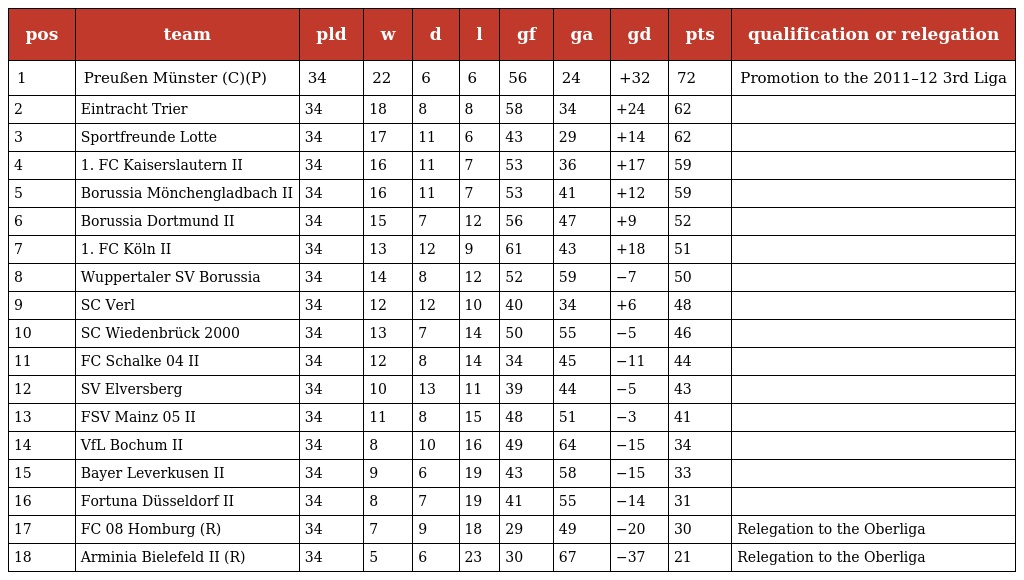
| pos | team | pld | w | d | l | gf | ga | gd | pts | qualification or relegation |
 | --- | --- | --- | --- | --- | --- | --- | --- | --- | --- | --- |
 | 1 | Preußen Münster (C)(P) | 34 | 22 | 6 | 6 | 56 | 24 | +32 | 72 | Promotion to the 2011–12 3rd Liga |
 | 2 | Eintracht Trier | 34 | 18 | 8 | 8 | 58 | 34 | +24 | 62 |  |
 | 3 | Sportfreunde Lotte | 34 | 17 | 11 | 6 | 43 | 29 | +14 | 62 |  |
 | 4 | 1. FC Kaiserslautern II | 34 | 16 | 11 | 7 | 53 | 36 | +17 | 59 |  |
 | 5 | Borussia Mönchengladbach II | 34 | 16 | 11 | 7 | 53 | 41 | +12 | 59 |  |
 | 6 | Borussia Dortmund II | 34 | 15 | 7 | 12 | 56 | 47 | +9 | 52 |  |
 | 7 | 1. FC Köln II | 34 | 13 | 12 | 9 | 61 | 43 | +18 | 51 |  |
 | 8 | Wuppertaler SV Borussia | 34 | 14 | 8 | 12 | 52 | 59 | −7 | 50 |  |
 | 9 | SC Verl | 34 | 12 | 12 | 10 | 40 | 34 | +6 | 48 |  |
 | 10 | SC Wiedenbrück 2000 | 34 | 13 | 7 | 14 | 50 | 55 | −5 | 46 |  |
 | 11 | FC Schalke 04 II | 34 | 12 | 8 | 14 | 34 | 45 | −11 | 44 |  |
 | 12 | SV Elversberg | 34 | 10 | 13 | 11 | 39 | 44 | −5 | 43 |  |
 | 13 | FSV Mainz 05 II | 34 | 11 | 8 | 15 | 48 | 51 | −3 | 41 |  |
 | 14 | VfL Bochum II | 34 | 8 | 10 | 16 | 49 | 64 | −15 | 34 |  |
 | 15 | Bayer Leverkusen II | 34 | 9 | 6 | 19 | 43 | 58 | −15 | 33 |  |
 | 16 | Fortuna Düsseldorf II | 34 | 8 | 7 | 19 | 41 | 55 | −14 | 31 |  |
 | 17 | FC 08 Homburg (R) | 34 | 7 | 9 | 18 | 29 | 49 | −20 | 30 | Relegation to the Oberliga |
 | 18 | Arminia Bielefeld II (R) | 34 | 5 | 6 | 23 | 30 | 67 | −37 | 21 | Relegation to the Oberliga |